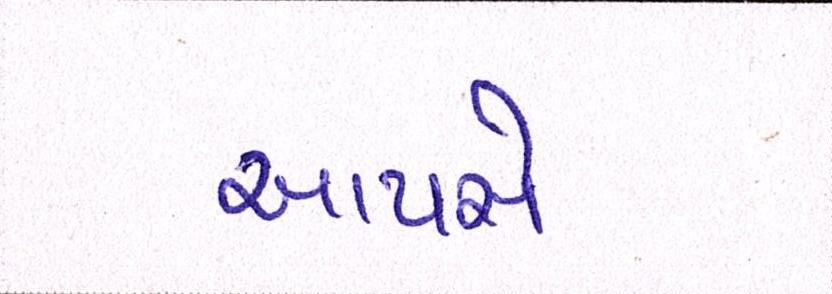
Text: આપસે